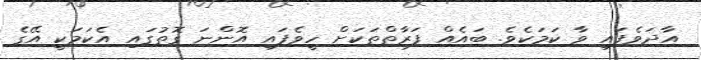
އާދަވެފައި ވާ ކަމަކެވެ. ބައެއް ފަރާތްތަކަށް ހީވެފައި އޮންނަ ގޮތުގައި އެކަމަކީ އޭގެ